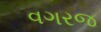
વગરજ